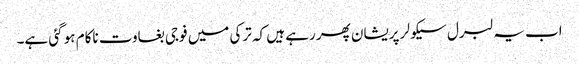
اب یہ لبرل سیکولر پریشان پھر رہے ہیں کہ ترکی میں فوجی بغاوت ناکام ہو گئی ہے۔